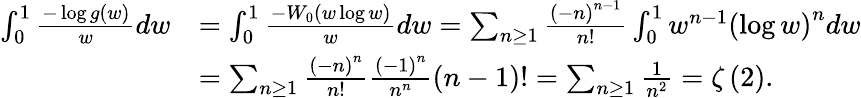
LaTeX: \begin{array}{rl}{\int_{0}^{1}\frac{-\log g\left(w\right)}{w}dw}&{=\int_{0}^{1}\frac{-W_{0}\left(w\log w\right)}{w}dw=\sum_{n\ge 1}\frac{\left(-n\right)^{n-1}}{n!}\int_{0}^{1}w^{n-1}\left(\log w\right)^{n}dw}\\ &{=\sum_{n\ge 1}\frac{\left(-n\right)^{n}}{n!}\frac{\left(-1\right)^{n}}{n^{n}}\left(n-1\right)!=\sum_{n\ge 1}\frac{1}{n^{2}}=\zeta\left(2\right).}\end{array}